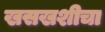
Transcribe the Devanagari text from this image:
खसखशीचा